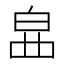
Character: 𤽚